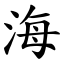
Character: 海